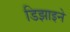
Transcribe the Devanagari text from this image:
डिझाइने